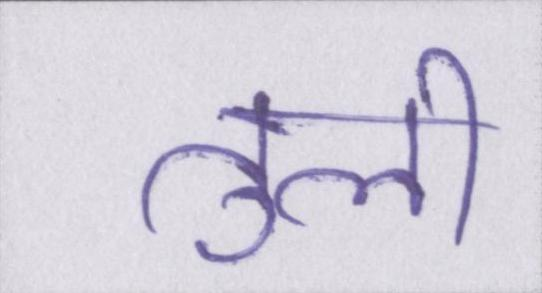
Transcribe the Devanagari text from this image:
तुली